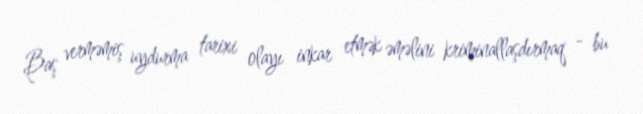
Baş verməmiş uydurma tarixi olayı inkar etmək əməlini kriminallaşdırmaq - bu